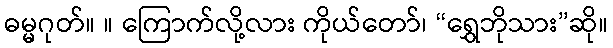
ဓမ္မဂုတ်။ ။ ကြောက်လို့လား ကိုယ်တော်၊ “ရွှေဘိုသား”ဆို။